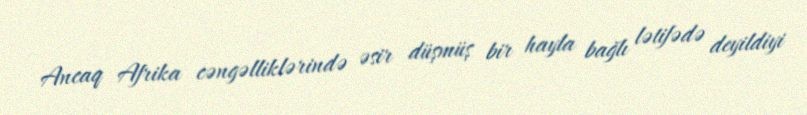
Ancaq Afrika cəngəlliklərində əsir düşmüş bir hayla bağlı lətifədə deyildiyi